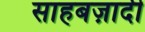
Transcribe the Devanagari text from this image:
साहबज़ादी